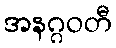
အနဂ္ဂဝတီ